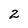
Character: 2